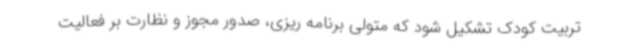
تربیت کودک تشکیل شود که متولی برنامه ریزی، صدور مجوز و نظارت بر فعالیت